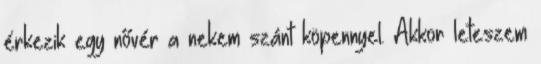
érkezik egy nővér a nekem szánt köpennyel. Akkor leteszem